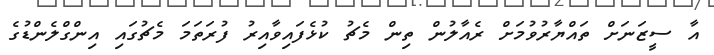
އާ ސީޒަނަށް ތައްޔާރުވުމަށް ރެއާލުން ތިން މެޗު ކުޅެފައިވާއިރު ފުރަތަމަ މެޗުގައި އިންގްލެންޑުގެ